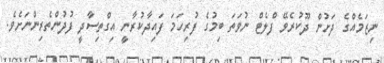
ނިޒަމެއްގެ ދަށުން ދޫކުރެވޭ ފްލެޓް ނުވަތަ ބިމުގެ ފުރިހަމަ ފައިދާކުރާނީ އިގްތިސާދީ ފުދުންތެރިންނަށެވެ.